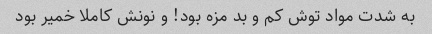
به شدت مواد توش کم و بد مزه بود! و نونش کاملا خمیر بود